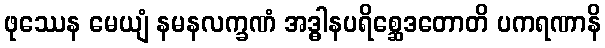
ဖုဿေန မေယျံ နမနလက္ခဏံ အဒ္ဓါနပရိစ္ဆေဒတောတိ ပကရဏာနိ